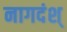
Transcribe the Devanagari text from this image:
नागदंश्